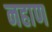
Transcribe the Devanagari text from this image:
नहाण